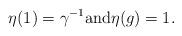
LaTeX: \begin{align*} \eta(1) = \gamma^{-1} \mbox{and} \eta(g) = 1.\end{align*}